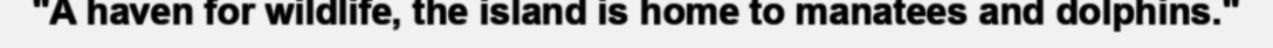
"A haven for wildlife, the island is home to manatees and dolphins."